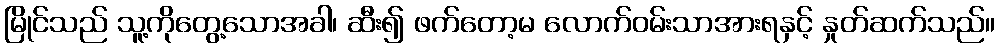
မြိုင်သည် သူ့ကိုတွေ့သောအခါ၊ ဆီး၍ ဖက်တော့မ လောက်ဝမ်းသာအားရနှင့် နှုတ်ဆက်သည်။